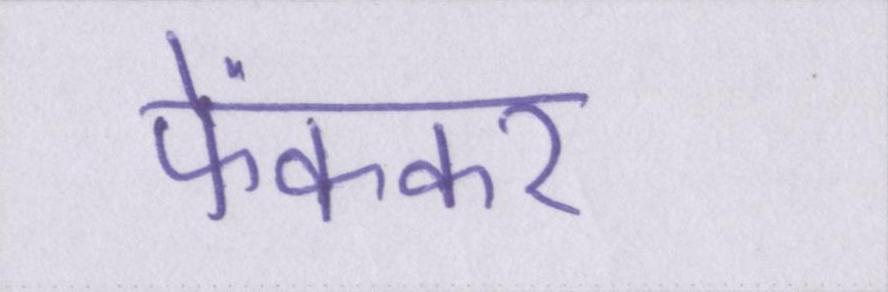
फेंककर